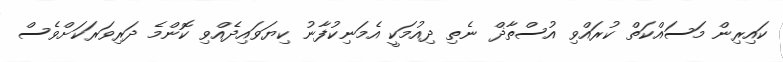
ކައިރިން މަސައްކަތް ކުރައްވި އުސްތާޛް ނެތި ދިއުމަކީ އެމަނިކުފާނު ކިޔަވައިދެއްވި ކޮންމެ ދަރިވަރަކަށްވެސް